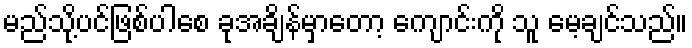
မည်သို့ပင်ဖြစ်ပါစေ ခုအချိန်မှာတော့ ကျောင်းကို သူ မေ့ချင်သည်။